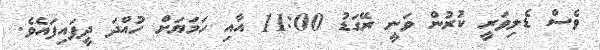
ވެސް ޑެލިވަރީ ކުރުން ވަނީ ރޭގަޑު 11:00 އާއި ހަމަޔަށް ހުއްދަ ދީފައިފައެވެ.